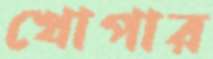
খোপার